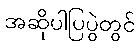
အဆိုပါပြပွဲတွင်